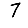
Digit: 7